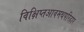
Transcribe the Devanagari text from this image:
विक्षिप्तआवमथपरिहार